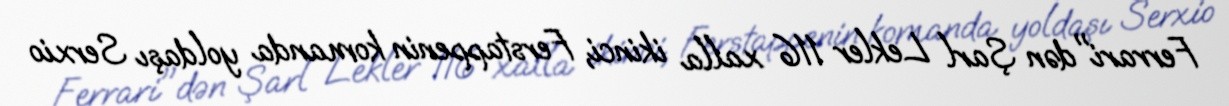
Ferrari"dən Şarl Lekler 116 xalla ikinci, Ferstappenin komanda yoldaşı Serxio